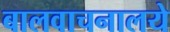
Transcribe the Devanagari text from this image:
बालवाचनालये